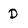
Character: D